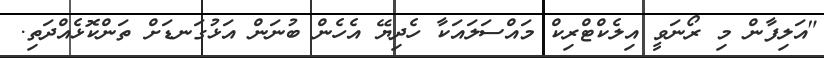
"އަލިފާން މި ރޯނަވީ އިލެކްޓްރިކް މައްސަލައަކާ ހެދިޔޭ އެހެން ބުނަން އަޅުގަނޑަށް ތަންކޮޅެއްދަތި.